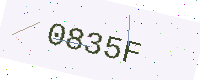
Text: 0835F